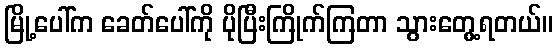
မြို့ပေါ်က ခေတ်ပေါ်ကို ပိုပြီးကြိုက်ကြတာ သွားတွေ့ရတယ်။